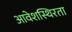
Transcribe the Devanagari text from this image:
आवेशस्थिरता